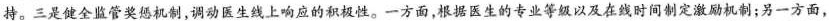
持。三是健全监管奖惩机制,调动医生线上响应的积极性。一方面,根据医生的专业等级以及在线时间制定激励机制;另一方面，